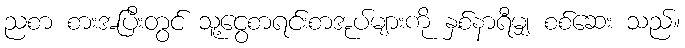
ညစာ စားအပြီးတွင် သူ့ငွေစာရင်းစာအုပ်များကို နှစ်နာရီမျှ စစ်ဆေး သည်။